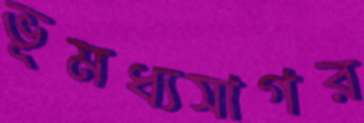
ভূমধ্যসাগর